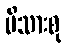
မိသားစု